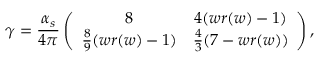
\gamma = \frac { \alpha _ { s } } { 4 \pi } \left( \begin{array} { c c } { { 8 } } & { { 4 ( w r ( w ) - 1 ) } } \\ { { \frac 8 9 ( w r ( w ) - 1 ) } } & { { \frac 4 3 ( 7 - w r ( w ) ) } } \end{array} \right) ,